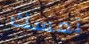
تمسك